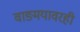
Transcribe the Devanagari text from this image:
वाङमयावरही